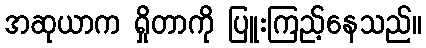
အဆုယာက ရှိုတာကို ပြူးကြည့်နေသည်။